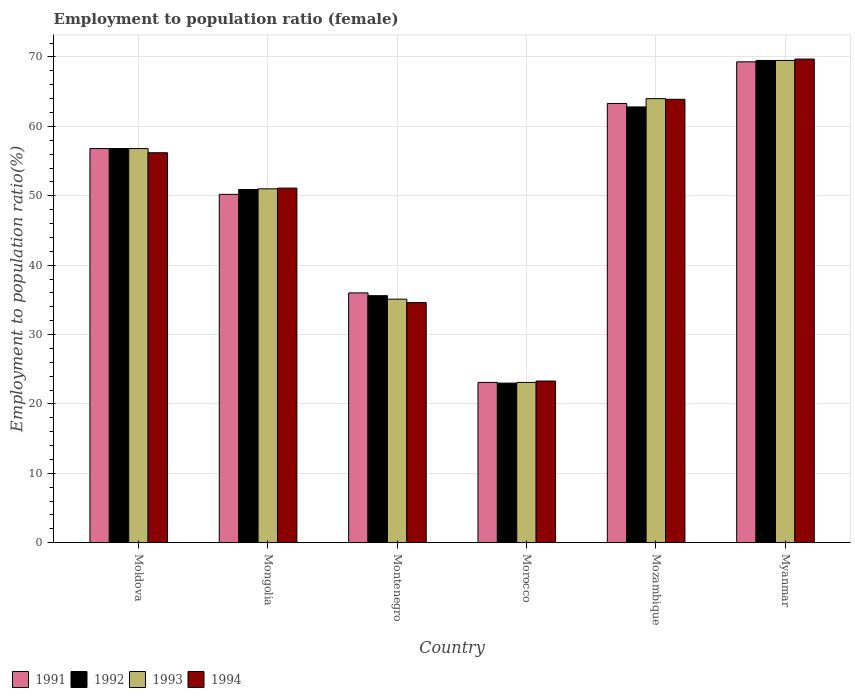
| Country | 1991 | 1992 | 1993 | 1994 |
 | --- | --- | --- | --- | --- |
 | Moldova | 56.8 | 56.8 | 56.8 | 56.2 |
 | Mongolia | 50.2 | 50.9 | 51 | 51.1 |
 | Montenegro | 36 | 35.6 | 35.1 | 34.6 |
 | Morocco | 23.1 | 23 | 23.1 | 23.3 |
 | Mozambique | 63.3 | 62.8 | 64 | 63.9 |
 | Myanmar | 69.3 | 69.5 | 69.5 | 69.7 |